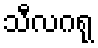
သီလဂရု